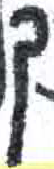
אות: ך